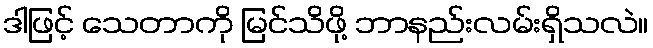
ဒါဖြင့် သေတာကို မြင်သိဖို့ ဘာနည်းလမ်းရှိသလဲ။